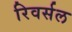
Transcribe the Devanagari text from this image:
रिवर्सल